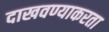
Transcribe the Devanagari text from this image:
दाखवण्याकरता